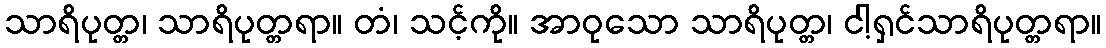
သာရိပုတ္တ၊ သာရိပုတ္တရာ။ တံ၊ သင့်ကို။ အာဝုသော သာရိပုတ္တ၊ ငါ့ရှင်သာရိပုတ္တရာ။